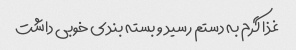
غذا گرم به دستم رسید و بسته بندی خوبی داشت